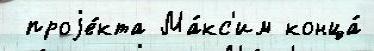
 проjе́кта Ма́кс'им конца́